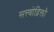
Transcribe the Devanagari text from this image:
सत्त्वोद्रिक्तौ